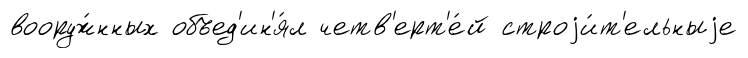
вооруж́нных объед'ин'я́л четв'ерт'е́й строjи́т'ельныjе